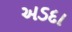
અડદા